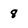
Character: 8